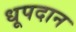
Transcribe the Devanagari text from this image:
धूपदान